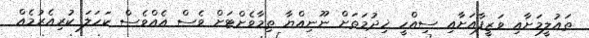
ތައުލީމަށާއި ވަޒީފާއަށާއި ސިއްހީ ޚިދުމަތަށް ނޫނިއްޔާ ތިމާވެށްޓަށް ވެސް އެއްވެސް ކަހަލަ ކުރިއެރުމެއް